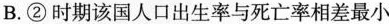
B.②时期该国人口出生率与死亡率相差最小